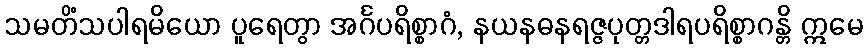
သမတိံသပါရမိယော ပူရေတွာ အင်္ဂပရိစ္စာဂံ, နယနဓနရဇ္ဇပုတ္တဒါရပရိစ္စာဂန္တိ ဣမေ